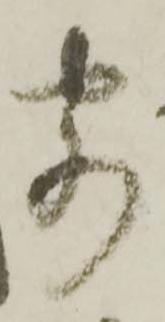
客